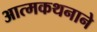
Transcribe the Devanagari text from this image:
आत्मकथनाने